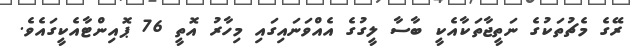
ރޭގެ މެޗުތަކުގެ ނަތީޖާތަކާއެކީ ބާސާ ލީގުގެ އެއްވަނައިގައި މިހާރު އޮތީ 76 ޕޮއިންޓާއެކީގައެވެ.